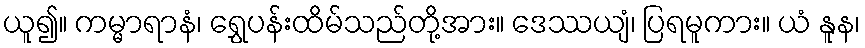
ယူ၍။ ကမ္မာရာနံ၊ ရွှေပန်းထိမ်သည်တို့အား။ ဒေဿယျံ၊ ပြရမူကား။ ယံ နူန၊